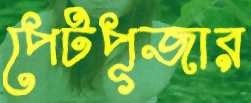
পেটপূজার